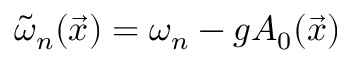
\tilde { \omega } _ { n } ( \vec { x } ) = \omega _ { n } - g A _ { 0 } ( \vec { x } )